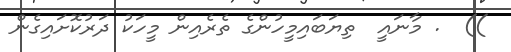
))  . މާނައީ  ތިޔަބައިމީހުންގެ ތެރެއިން މީހަކު ދަރުކޮށައިގެން